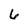
Character: 6